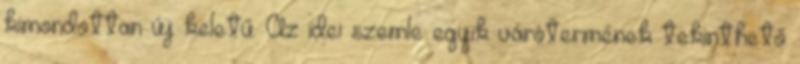
kimondottan új keletű. Az idei szemle egyik várótermének tekinthető